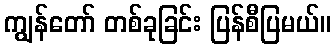
ကျွန်တော် တစ်ခုခြင်း ပြန်စီပြမယ်။